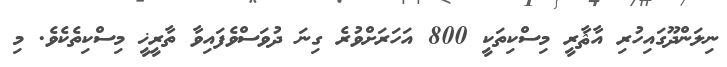
ނިލަންދޫގައިހުރި އާޘާރީ މިސްކިތަކީ 800 އަހަރަށްވުރެ ގިނަ ދުވަސްވެފައިވާ ތާރީޚީ މިސްކިތެކެވެ. މި